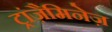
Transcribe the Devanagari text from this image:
ट्रांज़ैमिनेज़